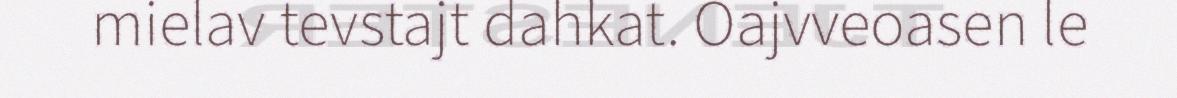
mielav tevstajt dahkat. Oajvveoasen le